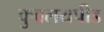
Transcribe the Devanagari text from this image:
कुवलयपीड